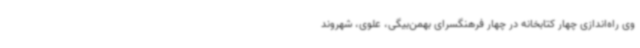
وی راه‌اندازی چهار کتابخانه در چهار فرهنگسرای بهمن‌بیگی، علوی، شهروند